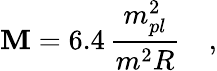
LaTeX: \mathbf{M}=6.4\, \frac{{m_{pl}^{2}}}{{m^{2}R}}\quad,